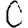
Digit: 0